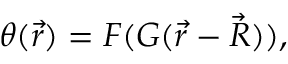
\theta ( \vec { r } ) = F ( G ( \vec { r } - \vec { R } ) ) ,